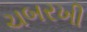
ચબરખી